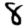
Digit: 8